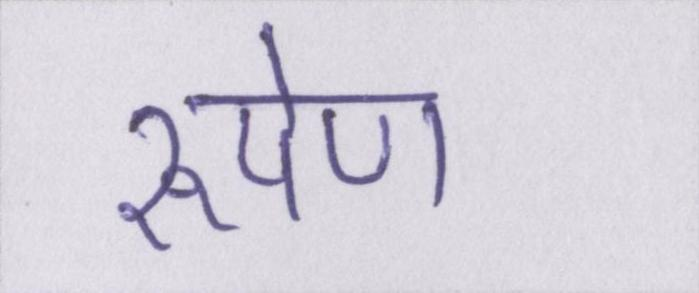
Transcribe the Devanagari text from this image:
रूपेण